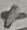
Text: +